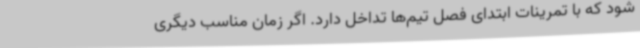
شود که با تمرینات ابتدای فصل تیم‌ها تداخل دارد. اگر زمان مناسب دیگری